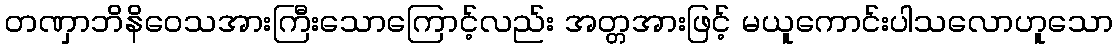
တဏှာဘိနိဝေသအားကြီးသောကြောင့်လည်း အတ္တအားဖြင့် မယူကောင်းပါသလောဟူသော